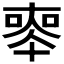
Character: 𠦵